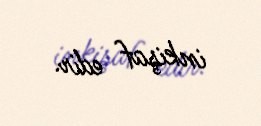
inkişaf edir.